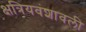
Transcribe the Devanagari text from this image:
क्षत्रियवंशावली